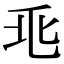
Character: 𡊥